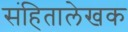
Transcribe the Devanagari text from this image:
संहितालेखक